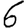
Digit: 6